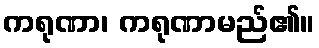
ကရုဏာ၊ ကရုဏာမည်၏။